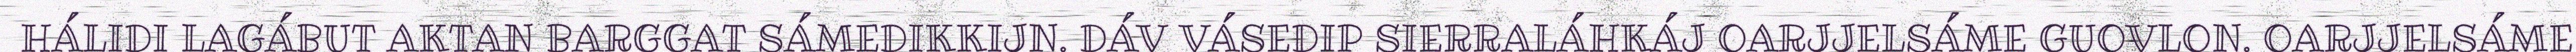
HÁLIDI LAGÁBUT AKTAN BARGGAT SÁMEDIKKIJN. DÁV VÁSEDIP SIERRALÁHKÁJ OARJJELSÁME GUOVLON. OARJJELSÁME